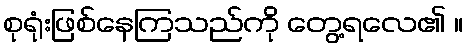
စုရုံးဖြစ်နေကြသည်ကို တွေ့ရလေ၏ ။